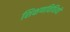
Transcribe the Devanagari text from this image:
शिक्षणविधियों